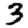
Digit: 3